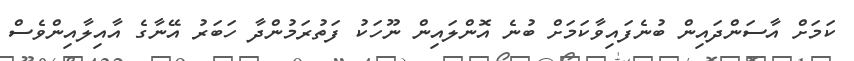
ކަމަށް އާސަންދައިން ބުނެފައިވާކަމަށް ބުނެ އޮންލައިން ނޫހަކު ފަތުރަމުންދާ ހަބަރު އޭނާގެ އާއިލާއިންވެސް